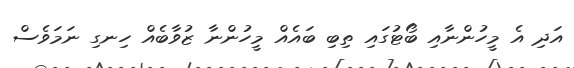
އަދި އެ މީހުންނާއި ބޯޓުގައި ތިބި ބައެއް މީހުންނާ ޒުވާބެއް ހިނގި ނަމަވެސް